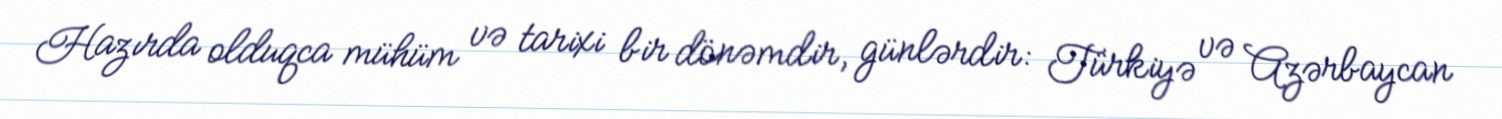
Hazırda olduqca mühüm və tarixi bir dönəmdir, günlərdir: Türkiyə və Azərbaycan